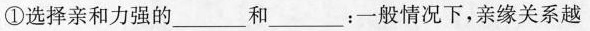
①选择亲和力强的______和______：一般情况下，亲缘关系越